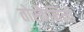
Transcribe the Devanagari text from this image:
तोस्कैनिनी